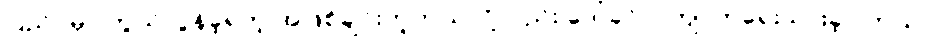
ပြည်ပမှာ ကွယ်လွန်ခဲ့ရတဲ့ အဖြစ်ချင်းတူတယ်လို့လည်း ဒေါ်ခင်လက်ျာကရေးသားခဲ့ပါတယ်။